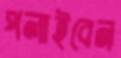
পলাইবেন